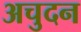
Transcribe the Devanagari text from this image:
अचुदन